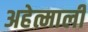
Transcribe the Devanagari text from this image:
अहेत्माली